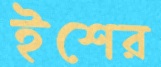
ইশের